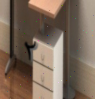
٢